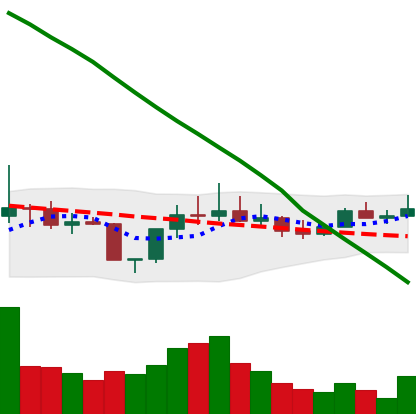
Ticker: DOGE-USD
Chart end date: 2022-08-08
Forward return: 3.975%
Label: up_3_5